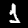
Digit: 1